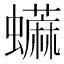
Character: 𧔕